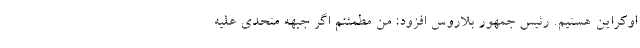
اوکراین هستیم. رئیس جمهور بلاروس افزود: من مطمئنم اگر جبهه متحدی علیه